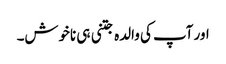
اور آپ کی والدہ جتنی ہی ناخوش۔